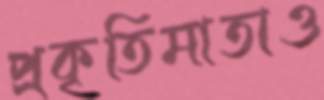
প্রকৃতিমাতাও